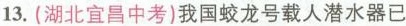
13.(湖北宜昌中考)我国蛟龙号载人潜水器已